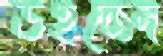
উইজেন